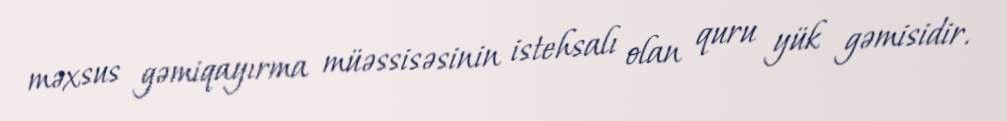
məxsus gəmiqayırma müəssisəsinin istehsalı olan quru yük gəmisidir.